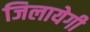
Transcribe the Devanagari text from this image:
जिलायेगी